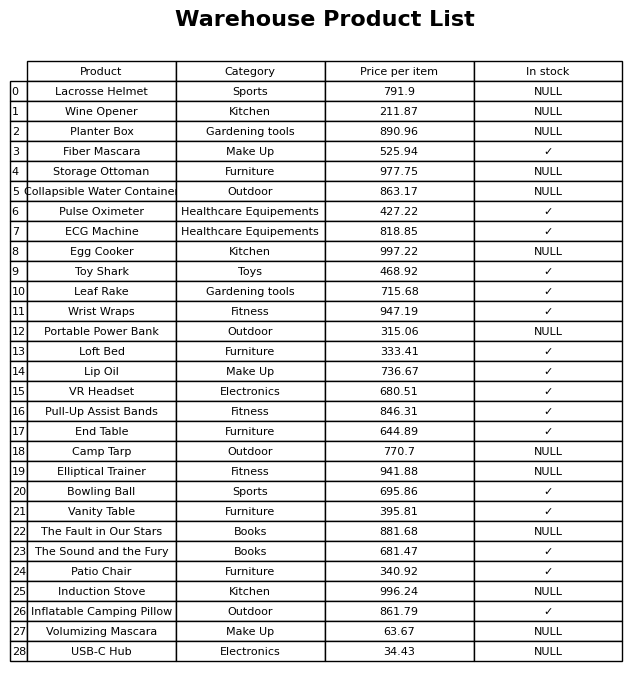
question: What is the stock status of the Camp Tarp?
answer: NULL